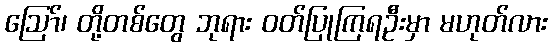
ဩော်၊ တို့တစ်တွေ ဘုရား ဝတ်ပြုကြရဦးမှာ မဟုတ်လား